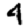
Digit: 4